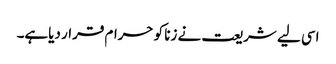
اسی لیے شریعت نے زنا کو حرام قرار دیاہے۔